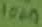
Text: 100n